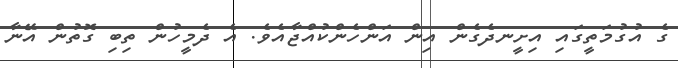
ގެ އުގުމަތީގައި އިށީނދެގެން އިން އަންހެންކުއްޖާއެވެ. އެ ދެމީހުން ތިބި ގޮތުން އޭނާ